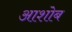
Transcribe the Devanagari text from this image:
आशोब